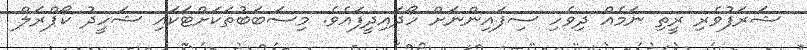
ޝަރަފުވެރި ރީތި ނަމެއް ދިވެހި ސިފައިންނަށް ހޯދައިދީފައެވެ. މިސަބަބުތަކަށްޓަކައި ޝަހީދު ކޯޕްރަލް